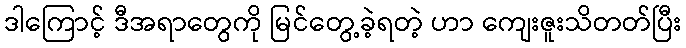
ဒါကြောင့် ဒီအရာတွေကို မြင်တွေ့ခဲ့ရတဲ့ ဟာ ကျေးဇူးသိတတ်ပြီး